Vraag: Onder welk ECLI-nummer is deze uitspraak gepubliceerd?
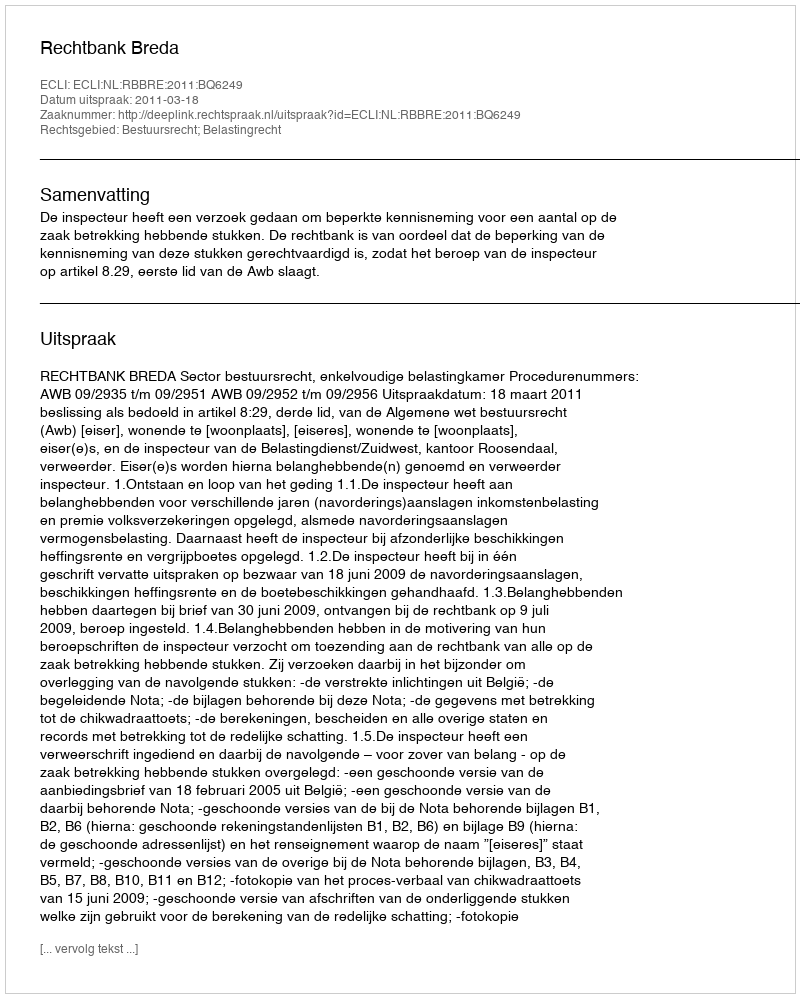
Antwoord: ECLI:NL:RBBRE:2011:BQ6249